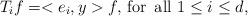
LaTeX: \begin{align*}T_{i}f=<e_{i},y>f,\, \textrm{for\, all}\,\,1\leq i\leq d,\end{align*}